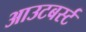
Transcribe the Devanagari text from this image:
आउटबर्स्ट